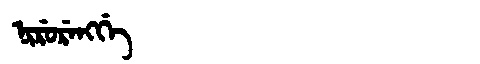
Manchu: ᠨᡳᡵᡠᡵᡝᠩᡤᡝ
Romanization: NIRURENGGE